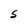
Character: S